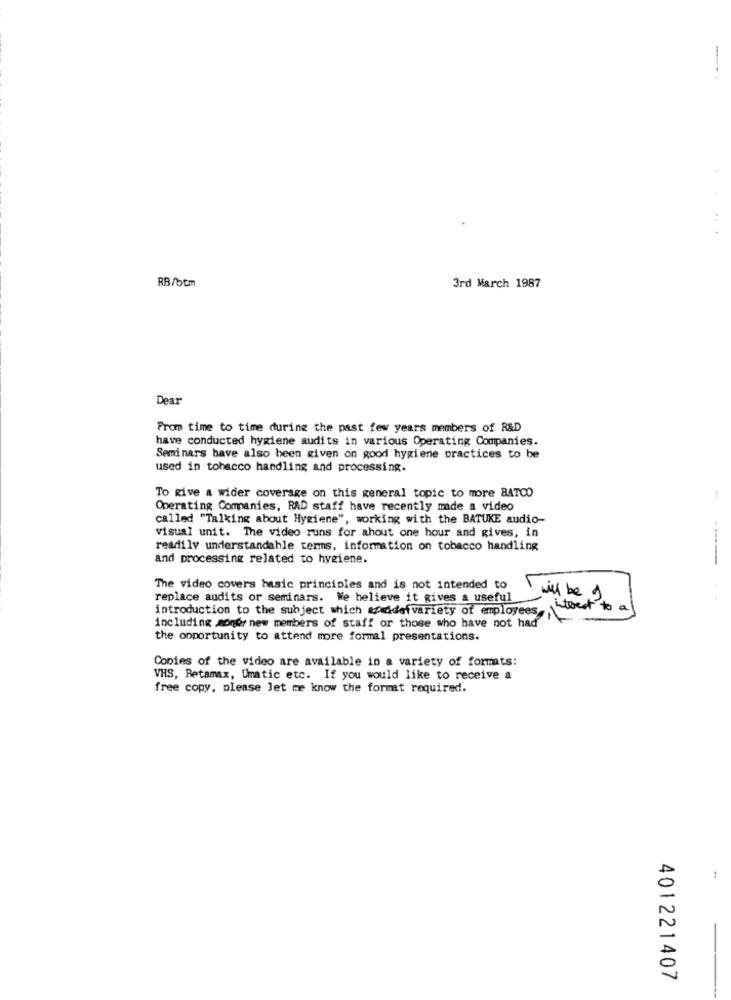
----
RB/btm
3rd March 1987
Dear
From time to time during the past few years members of R&D
have conducted hygiene audits in various Operating Companies.
Seminars have also been given on good hygiene practices to be
used in tobacco handling and processing.
To give a wider coverage on this general topic to more BATCO
Operating Companies, RAD staff have recently made a video
called "Talking about Hygiene", working with the BATUKE audio-
visual unit. The video runs for ahout one hour and gives, in
readily understandable terms, information on tobacco handling
and processing related to hygiene.
-----
The video covers basic principles and is not intended to
replace audits or seminars. We believe it gives a useful
will be 9
introduction to the subject which aziddefvariety of employees
interest to a
including money new members of staff or those who have not had
the opportunity to attend more formal presentations.
Copies of the video are available in a variety of formats:
VHS, Betamax, Umatic etc. If you would like to receive a
free copy, please let me know the format required.
!
401221407